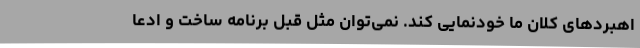
اهبردهای کلان ما خودنمایی کند. نمی‌توان مثل قبل برنامه ساخت و ادعا